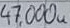
Text: 47,000u